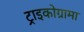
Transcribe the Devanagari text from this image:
ट्राइकोग्रामा